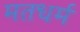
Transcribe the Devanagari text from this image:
मतधर्म